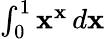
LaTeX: \textstyle\int_{0}^{1}\mathbf{x}^{\mathbf{x}}\, d\mathbf{x}